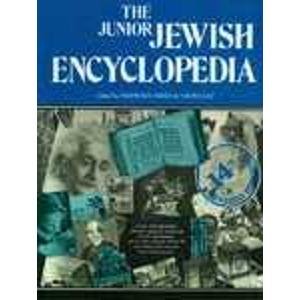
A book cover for The Junior Jewish Encyclopedia; Naomi Ben-Asher; Teen & Young Adult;